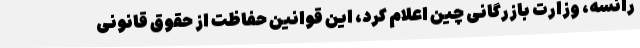
رانسه، وزارت بازرگانی چین اعلام کرد، این قوانین حفاظت از حقوق قانونی